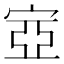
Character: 㝞